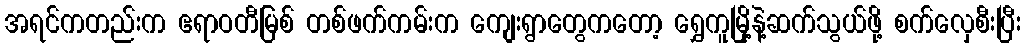
အရင်ကတည်းက ဧရာဝတီမြစ် တစ်ဖက်ကမ်းက ကျေးရွာတွေကတော့ ရွှေကူမြို့နဲ့ဆက်သွယ်ဖို့ စက်လှေစီးပြီး